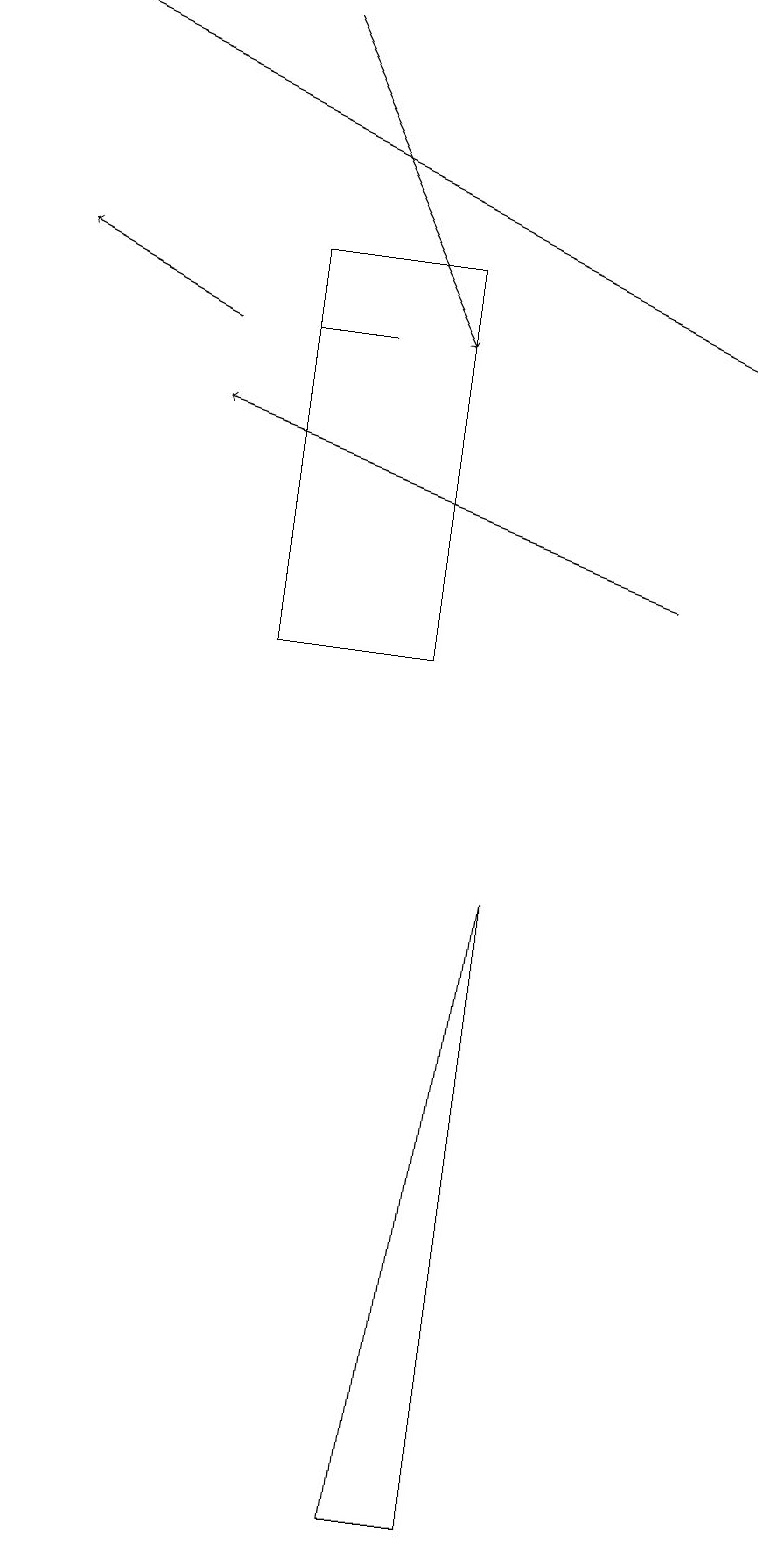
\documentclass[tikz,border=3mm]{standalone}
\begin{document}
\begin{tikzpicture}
\draw (6,8) -- (5,0) -- (6,0) -- cycle;
\draw (4,15) rectangle (3,15);
\draw[->] (8,12) -- (2,14);
\draw (5,16) rectangle (3,11);
\draw[->] (2,15) -- (0,16);
\draw[->] (3,19) -- (5,15);
\draw[->] (0,19) -- (9,15);
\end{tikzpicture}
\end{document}